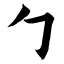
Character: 勹